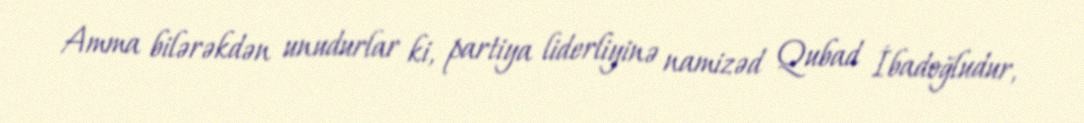
Amma bilərəkdən unudurlar ki, partiya liderliyinə namizəd Qubad İbadoğludur,